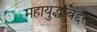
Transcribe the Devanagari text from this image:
महायुद्धाबद्दल